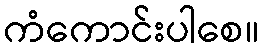
ကံကောင်းပါစေ။